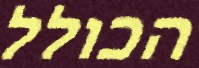
הכולל